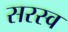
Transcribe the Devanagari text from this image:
सरस्व